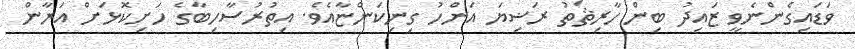
ވަޑައިގެންނެވީ ޒައިދު ބިން ހާރިޘަތު ރަޟިޔަ އަންހު ގިނިކަންޏާއެވެ. އިތުރުސާހިބާގެ ހަށިކޮޅަށް އަރާން